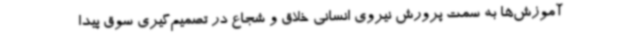
آموزش‌ها به سمت پرورش نیروی انسانی خلاق و شجاع در تصمیم‌گیری سوق پیدا